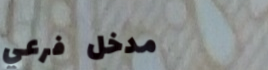
مدخل فرعي